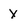
Character: x